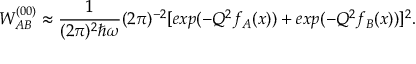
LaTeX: W _ { A B } ^ { ( 0 0 ) } \approx \frac { 1 } { ( 2 \pi ) ^ { 2 } \hbar \omega } ( 2 \pi ) ^ { - 2 } [ e x p ( - { \cal Q } ^ { 2 } f _ { A } ( x ) ) + e x p ( - { \cal Q } ^ { 2 } f _ { B } ( x ) ) ] ^ { 2 } .